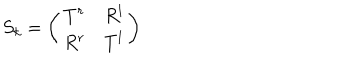
LaTeX: S _ { k } = \left( \begin{matrix} { { T ^ { r } } } & { { R ^ { l } } } \\ { { R ^ { r } } } & { { T ^ { l } } } \\ \end{matrix} \right)